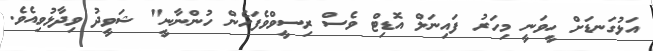
އަޅުގަނޑަށް ހީވަނީ މިހަރު ފައިނަލް އޮޑިޓް ވެސް ރިސީވްވެފަހެން ހުންނާނީ" ޝަވީދު ވިދާޅުވިއެވެ.